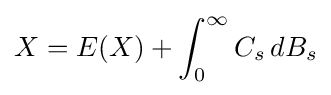
X=E(X)+\int _{0}^{\infty }C_{s}\,dB_{s}